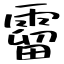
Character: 霤